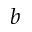
b